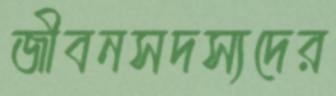
জীবনসদস্যদের